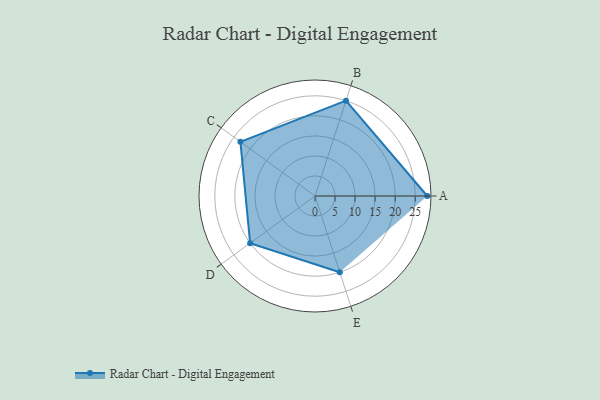
{"axis": {"x": "Skill", "y": "Score"}, "legend": ["Profile"], "data": [{"x": "A", "y": 28.0, "type": "Profile"}, {"x": "B", "y": 25.0, "type": "Profile"}, {"x": "C", "y": 23.0, "type": "Profile"}, {"x": "D", "y": 20, "type": "Profile"}, {"x": "E", "y": 20, "type": "Profile"}]}